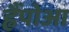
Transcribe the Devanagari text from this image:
ह्वैंपोआ